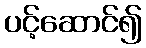
ပင့်ဆောင်၍